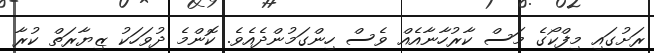
ރަށުގައި މިފްކޯގެ މަސް ކާރުހާނާއެއް ވެސް ހިންގަމުންދެއެވެ. ކޮންމެ ދުވަހަކު ޒިޔާރަތް ކުރާ